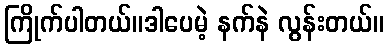
ကြိုက်ပါတယ်။ဒါပေမဲ့ နက်နဲ လွန်းတယ်။